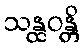
သန္ထဝန္တိ